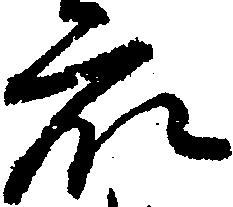
衆